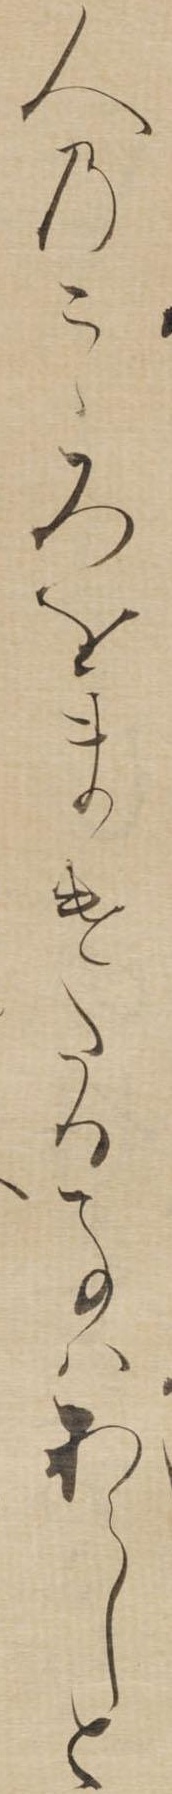
人のこゝろをまけたる事はあらしと